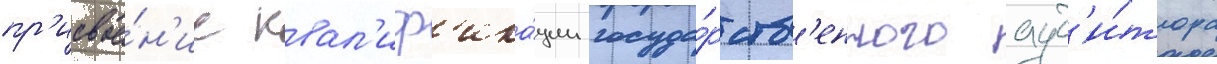
пр'исвое́н'ие квал'иф'ика́ции госуда́рств'енного ауд'и́тора